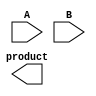
module unfolded_wallace_tree_multiplier #(parameter N = 4) (
    input [N-1:0] A,
    input [N-1:0] B,
    output [2*N-1:0] product
);
    
    // Partial products
    wire [N-1:0] pp [0:N-1]; // Partial products

    // Generating partial products using AND gates
    genvar i, j;
    generate
        for (i = 0; i < N; i = i + 1) begin : AND_GEN
            for (j = 0; j < N; j = j + 1) begin : AND_GEN2
                assign pp[i][j] = A[i] & B[j];
            end
        end
    endgenerate
    
    // Intermediate sums for Wallace tree reduction
    wire [N:0] sum [0:N-1]; // Sum wires for each stage (N bits + 1 carry)
    wire [N:0] carry [0:N-1]; // Carry wires for each stage (N bits + 1 carry)
    
    // First level of addition - combine partial products
    generate
        for (i = 0; i < N; i = i + 1) begin : FIRST_LEVEL
            if (i == 0) begin
                assign sum[i][0] = pp[0][i];  // First bit
                assign sum[i][1] = pp[1][i];  // Second bit
                assign carry[i][0] = 1'b0;     // Initial carry
            end else begin
                assign {carry[i][0], sum[i]} = pp[i][i] + pp[i][i+1] + carry[i-1]; // Combine two bits and carry
            end
        end
    endgenerate

    // Further reduce using Half Adders and Full Adders
    wire [N:0] final_sum, final_carry;

    // Final addition stage
    assign {final_carry, final_sum} = sum[N-2] + sum[N-1] + carry[N-2];

    // Final product
    assign product = {final_carry, final_sum};
    
endmodule